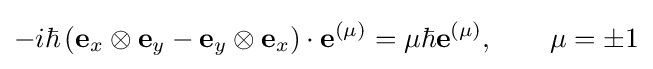
-i\hbar \left(\mathbf {e} _{x}\otimes \mathbf {e} _{y}-\mathbf {e} _{y}\otimes \mathbf {e} _{x}\right)\cdot \mathbf {e} ^{(\mu )}=\mu \hbar \mathbf {e} ^{(\mu )},\qquad \mu =\pm 1